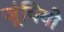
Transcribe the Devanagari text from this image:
जूंचियो